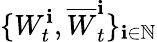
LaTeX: \{ W_{t}^{\mathbf{i}},\overline{{W}}_{t}^{\mathbf{i}}\} _{\mathbf{i}\in\mathbb{{N}}}